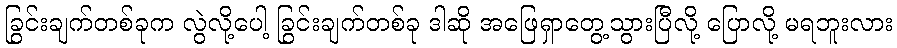
ခြွင်းချက်တစ်ခုက လွဲလို့ပေါ့ ခြွင်းချက်တစ်ခု ဒါဆို အဖြေရှာတွေ့သွားပြီလို့ ပြောလို့ မရဘူးလား